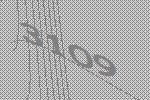
3109